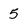
Character: 5